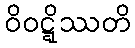
ဝိဝဋ္ဋိဿတိ